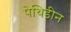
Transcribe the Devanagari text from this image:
पेथिडीन